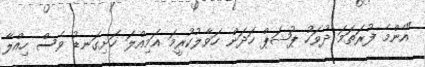
"އެންމެ ފުރަތަމަ ދުވަހު ޕުޝަޕް ހަދަން ހަވާލުކުރީމަ އަމިއްލަ ހަށިގަނޑު ވެސް ހިއްލާ